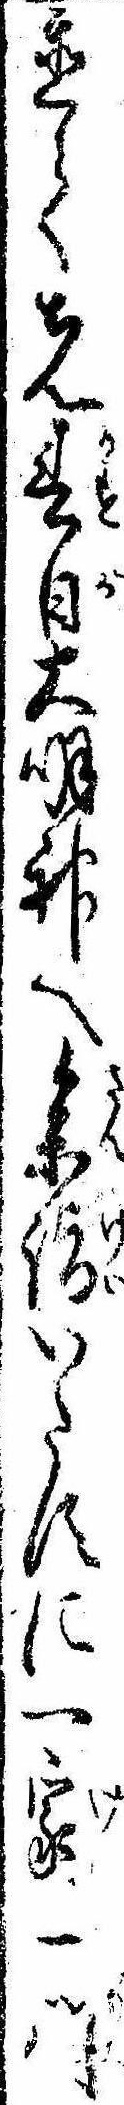
置て先春日大明神へ参詣いたすに一家一門